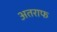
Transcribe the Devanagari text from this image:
अतराफ